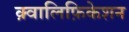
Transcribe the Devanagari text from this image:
क़्वालिफ़िकेशन